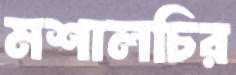
মশালচির